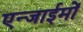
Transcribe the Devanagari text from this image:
एन्जाईमों